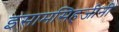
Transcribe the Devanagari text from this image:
इसामसिहजीनी